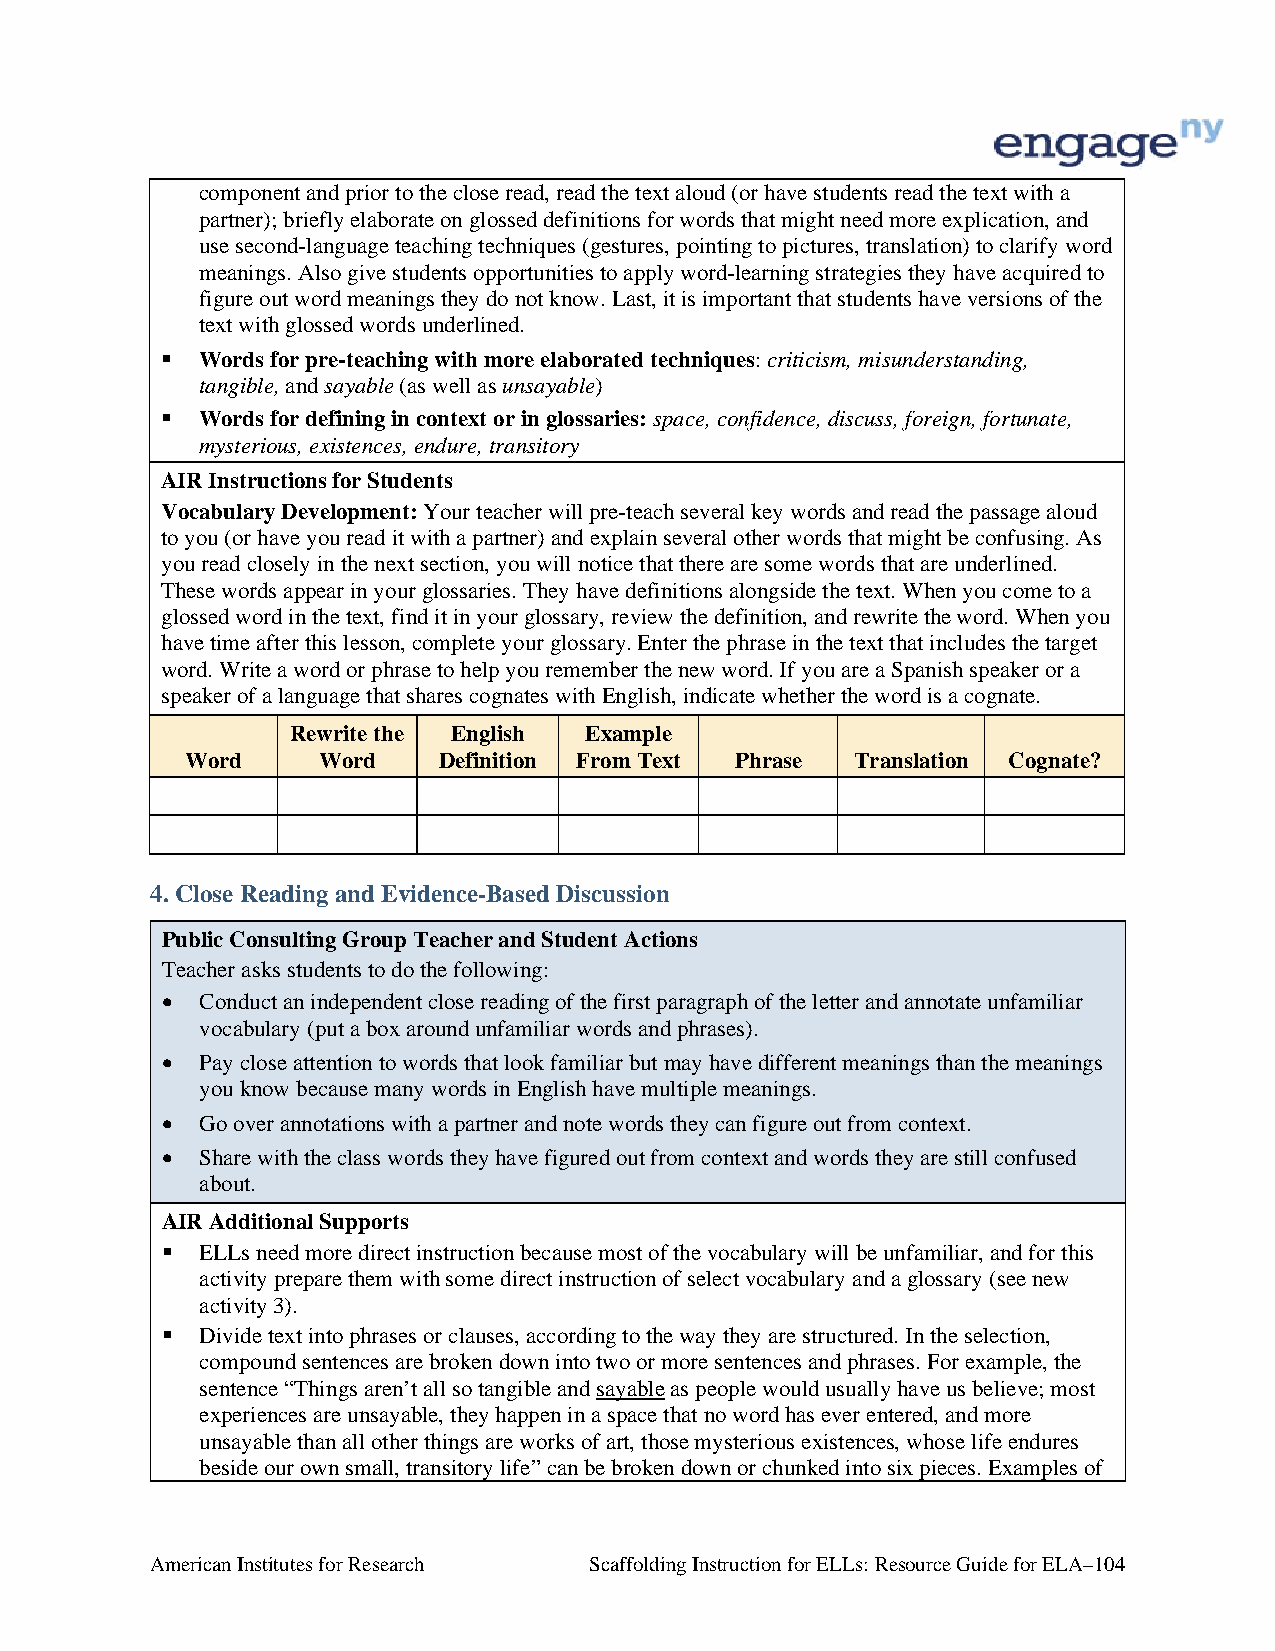
component and prior to the close read, read the text aloud (or have students read the text with a
 partner); briefly elaborate on glossed definitions for words that might need more explication, and
 use second-language teaching techniques (gestures, pointing to pictures, translation) to clarify word
 meanings. Also give students opportunities to apply word-learning strategies they have acquired to
 figure out word meanings they do not know. Last, it is important that students have versions of the
 text with glossed words underlined.
  Words for pre-teaching with more elaborated techniques: criticism, misunderstanding,
 tangible, and sayable (as well as unsayable)
  Words for defining in context or in glossaries: space, confidence, discuss, foreign, fortunate,
 mysterious, existences, endure, transitory
 AIR Instructions for Students
 Vocabulary Development: Your teacher will pre-teach several key words and read the passage aloud
 to you (or have you read it with a partner) and explain several other words that might be confusing. As
 you read closely in the next section, you will notice that there are some words that are underlined.
 These words appear in your glossaries. They have definitions alongside the text. When you come to a
 glossed word in the text, find it in your glossary, review the definition, and rewrite the word. When you
 have time after this lesson, complete your glossary. Enter the phrase in the text that includes the target
 word. Write a word or phrase to help you remember the new word. If you are a Spanish speaker or a
 speaker of a language that shares cognates with English, indicate whether the word is a cognate.
 Rewrite the English Example
 Word     Word    Definition From Text Phrase Translation Cognate?
 4. Close Reading and Evidence-Based Discussion
 Public Consulting Group Teacher and Student Actions
 Teacher asks students to do the following:
  Conduct an independent close reading of the first paragraph of the letter and annotate unfamiliar
 vocabulary (put a box around unfamiliar words and phrases).
  Pay close attention to words that look familiar but may have different meanings than the meanings
 you know because many words in English have multiple meanings.
  Go over annotations with a partner and note words they can figure out from context.
  Share with the class words they have figured out from context and words they are still confused
 about.
 AIR Additional Supports
  ELLs need more direct instruction because most of the vocabulary will be unfamiliar, and for this
 activity prepare them with some direct instruction of select vocabulary and a glossary (see new
 activity 3).
  Divide text into phrases or clauses, according to the way they are structured. In the selection,
 compound sentences are broken down into two or more sentences and phrases. For example, the
 sentence “Things aren’t all so tangible and sayable as people would usually have us believe; most
 experiences are unsayable, they happen in a space that no word has ever entered, and more
 unsayable than all other things are works of art, those mysterious existences, whose life endures
 beside our own small, transitory life” can be broken down or chunked into six pieces. Examples of
 American Institutes for Research Scaffolding Instruction for ELLs: Resource Guide for ELA–104